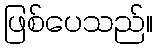
ဖြစ်ပေသည်။